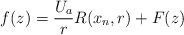
LaTeX: \begin{align*}f(z) = \frac{U_a}{r}R(x_n,r) + F(z)\end{align*}